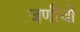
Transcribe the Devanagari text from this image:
जणींची